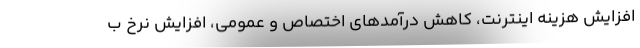
افزایش هزینه اینترنت، کاهش درآمدهای اختصاص و عمومی‌، افزایش نرخ ب